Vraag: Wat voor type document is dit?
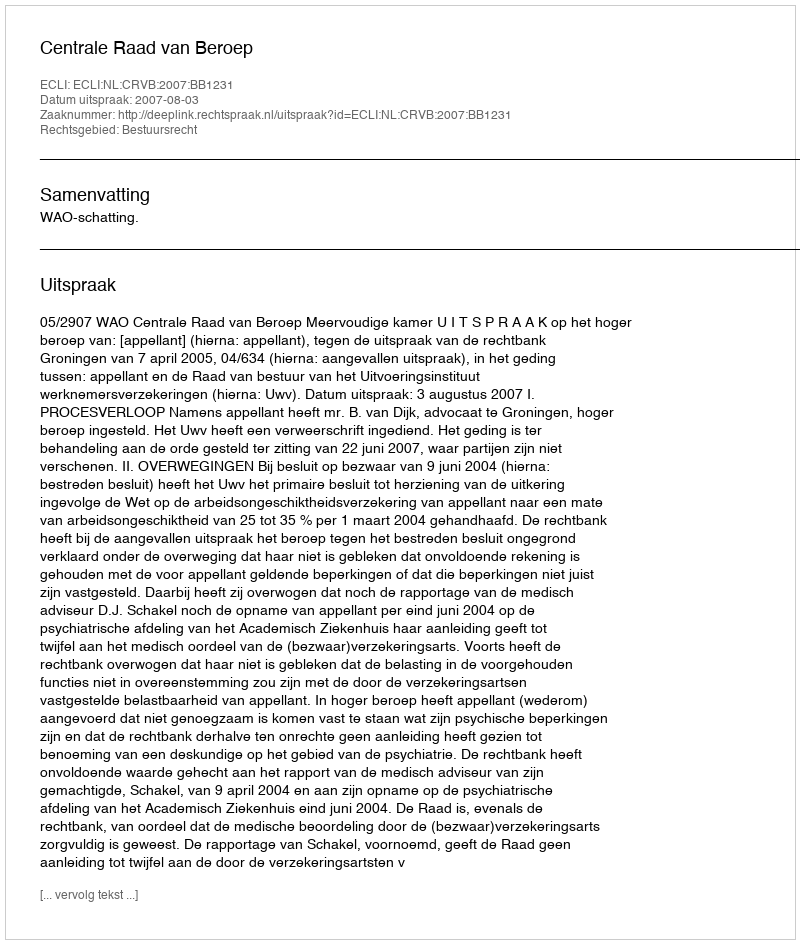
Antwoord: Uitspraak